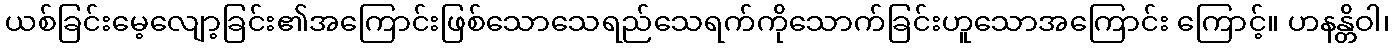
ယစ်ခြင်းမေ့လျော့ခြင်း၏အကြောင်းဖြစ်သောသေရည်သေရက်ကိုသောက်ခြင်းဟူသောအကြောင်း ကြောင့်။ ဟနန္တိဝါ၊